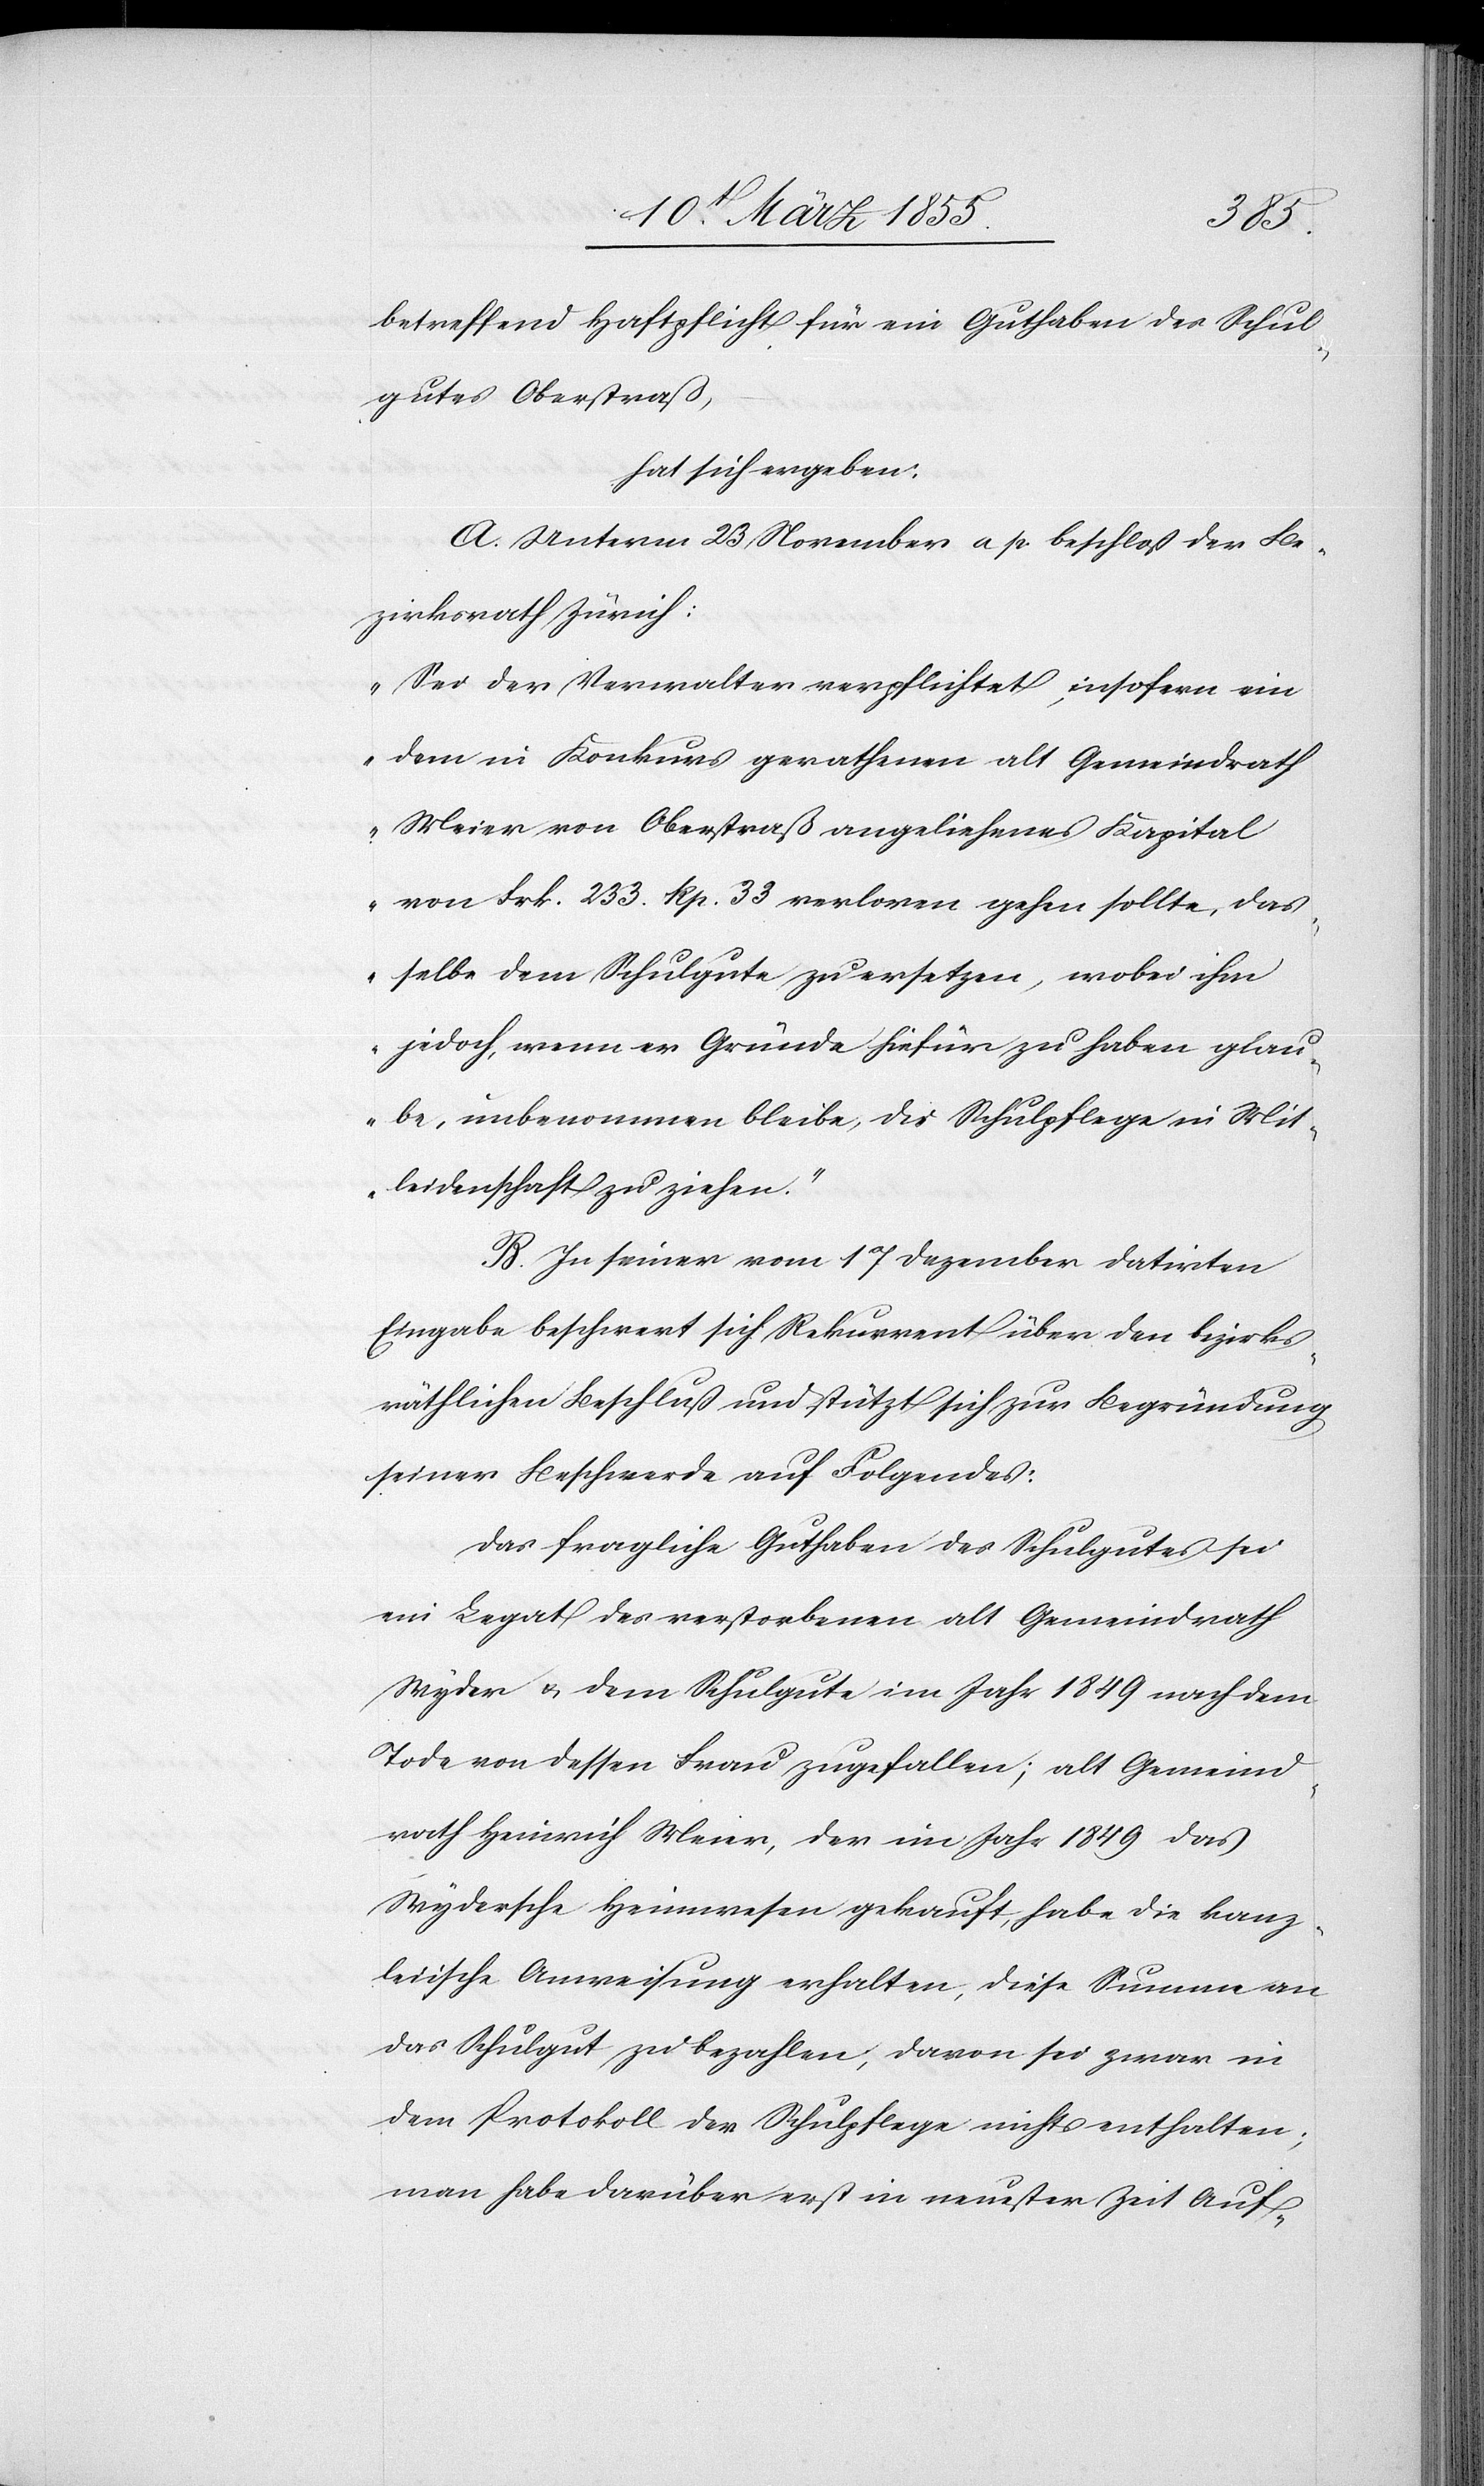
betreffend Haftpflicht für ein Guthaben des Schul¬
gutes Oberstraß,
hat sich ergeben:
A. Unterm 23 November a. p. beschloß der Be¬
zirksrath Zürich:
„Sei der Verwalter verpflichtet, insofern ein
dem in Konkurs gerathenen alt Gemeindrath
Meier von Oberstraß angeliehenes Kapital
von Frk. 233. Rp. 33 verloren gehen sollte, das¬
selbe dem Schulgute zu ersetzen, wobei ihm
jedoch, wenn er Gründe hiefür zu haben glau¬
be, unbenommen bleibe, die Schulpflege in Mit¬
leidenschaft zu ziehen.“
B. In seiner vom 17 Dezember datirten
Eingabe beschwert sich Rekurrent über den bezirks¬
räthlichen Beschluß und stützt sich zur Begründung
seiner Beschwerde auf Folgendes:
Das fragliche Guthaben des Schulgutes sei
ein Legat des verstorbenen alt Gemeindrath
Wyder & dem Schulgute im Jahr 1849 nach dem
Tode von dessen Frau zugefallen; alt Gemeind¬
rath Heinrich Meier, der im Jahr 1849 das
Wydersche Heimwesen gekauft, habe die kanz¬
leiische Anweisung erhalten, diese Summe an
das Schulgut zu bezahlen; davon sei zwar in
dem Protokoll der Schulpflege nichts enthalten;
man habe darüber erst in neuester Zeit Auf-